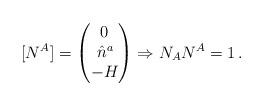
LaTeX: \begin{align*}[N^A]= \begin{pmatrix}0\\\, \hat n^a\\ -H\end{pmatrix}\Rightarrow N_A N^A =1\, .\end{align*}